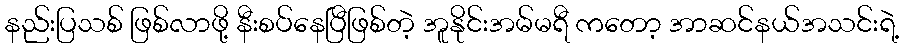
နည်းပြသစ် ဖြစ်လာဖို့ နီးစပ်နေပြီဖြစ်တဲ့ အူနိုင်းအမ်မရီ ကတော့ အာဆင်နယ်အသင်းရဲ့